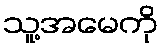
သူ့အမေကို